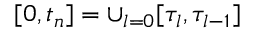
[ 0 , t _ { n } ] = \cup _ { l = 0 } [ \tau _ { l } , \tau _ { l - 1 } ]